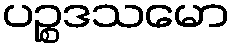
ပဉ္စဒသမော